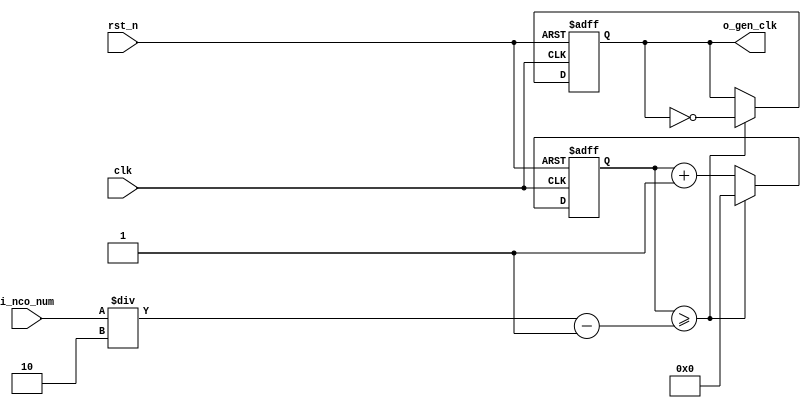
//	==================================================
//	Copyright (c) 2019 Sookmyung Women's University.
//	--------------------------------------------------
//	DEPARTMENT		: EE
//	--------------------------------------------------
//	RELEASE HISTORY
//	--------------------------------------------------
//	VERSION			DATE
//	0.0			2019-11-24
//	--------------------------------------------------
//	PURPOSE			: IR Controller
//	==================================================
//	--------------------------------------------------
//	Numerical Controlled Oscillator
//	Hz of o_gen_clk = Clock Hz / num
//	--------------------------------------------------
module	nco(	
		o_gen_clk,
		i_nco_num,
		clk,
		rst_n);

output		o_gen_clk	;	// 1Hz CLK

input	[31:0]	i_nco_num	;
input		clk		;	// 50Mhz CLK
input		rst_n		;

reg	[31:0]	cnt		;
reg		o_gen_clk	;

always @(posedge clk or negedge rst_n) begin
	if(rst_n == 1'b0) begin
		cnt		<= 32'd0;
		o_gen_clk	<= 1'd0	;
	end else begin
		if(cnt >= i_nco_num/2-1) begin
			cnt 	<= 32'd0;
			o_gen_clk	<= ~o_gen_clk;
		end else begin
			cnt <= cnt + 1'b1;
		end
	end
end

endmodule

//	--------------------------------------------------
//	Flexible Numerical Display Decoder
//	--------------------------------------------------
module	fnd_dec(
		o_seg,
		i_num);

output	[6:0]	o_seg		;	// {o_seg_a, o_seg_b, ... , o_seg_g}

input	[3:0]	i_num		;
reg	[6:0]	o_seg		;
//making
always @(i_num) begin 
 	case(i_num) 
 		4'd0:	o_seg = 7'b111_1110; 
 		4'd1:	o_seg = 7'b011_0000; 
 		4'd2:	o_seg = 7'b110_1101; 
 		4'd3:	o_seg = 7'b111_1001; 
 		4'd4:	o_seg = 7'b011_0011; 
 		4'd5:	o_seg = 7'b101_1011; 
 		4'd6:	o_seg = 7'b101_1111; 
 		4'd7:	o_seg = 7'b111_0000; 
 		4'd8:	o_seg = 7'b111_1111; 
 		4'd9:	o_seg = 7'b111_0011; 
 		4'd10:	o_seg = 7'b111_0111; 
 		4'd11:	o_seg = 7'b001_1111; 
 		4'd12:	o_seg = 7'b100_1110; 
 		4'd13:	o_seg = 7'b011_1101; 
 		4'd14:	o_seg = 7'b100_1111; 
 		4'd15:	o_seg = 7'b100_0111; 
		default:o_seg = 7'b000_0000; 
	endcase 
end


endmodule

//	--------------------------------------------------
//	0~59 --> 2 Separated Segments
//	--------------------------------------------------
module	double_fig_sep(
		o_left,
		o_right,
		i_double_fig);

output	[3:0]	o_left		;
output	[3:0]	o_right		;

input	[5:0]	i_double_fig	;

assign		o_left	= i_double_fig / 10	;
assign		o_right	= i_double_fig % 10	;

endmodule

//	--------------------------------------------------
//	0~59 --> 2 Separated Segments
//	--------------------------------------------------
module	led_disp(
		o_seg,
		o_seg_dp,
		o_seg_enb,
		i_six_digit_seg,
		i_six_dp,
		clk,
		rst_n);

output	[5:0]	o_seg_enb		;
output		o_seg_dp		;
output	[6:0]	o_seg			;

input	[41:0]	i_six_digit_seg		;
input	[5:0]	i_six_dp		;
input		clk			;
input		rst_n			;

wire		gen_clk		;

nco		u_nco(
		.o_gen_clk	( gen_clk	),
		.i_nco_num	( 32'd5000	),
		.clk		( clk		),
		.rst_n		( rst_n		));


reg	[3:0]	cnt_common_node	;

always @(posedge gen_clk or negedge rst_n) begin
	if(rst_n == 1'b0) begin
		cnt_common_node <= 4'd0;
	end else begin
		if(cnt_common_node >= 4'd5) begin
			cnt_common_node <= 4'd0;
		end else begin
			cnt_common_node <= cnt_common_node + 1'b1;
		end
	end
end

reg	[5:0]	o_seg_enb		;

always @(cnt_common_node) begin
	case (cnt_common_node)
		4'd0:	o_seg_enb = 6'b111110;
		4'd1:	o_seg_enb = 6'b111101;
		4'd2:	o_seg_enb = 6'b111011;
		4'd3:	o_seg_enb = 6'b110111;
		4'd4:	o_seg_enb = 6'b101111;
		4'd5:	o_seg_enb = 6'b011111;
		default:o_seg_enb = 6'b111111;
	endcase
end

reg		o_seg_dp		;

always @(cnt_common_node) begin
	case (cnt_common_node)
		4'd0:	o_seg_dp = i_six_dp[0];
		4'd1:	o_seg_dp = i_six_dp[1];
		4'd2:	o_seg_dp = i_six_dp[2];
		4'd3:	o_seg_dp = i_six_dp[3];
		4'd4:	o_seg_dp = i_six_dp[4];
		4'd5:	o_seg_dp = i_six_dp[5];
		default:o_seg_dp = 1'b0;
	endcase
end

reg	[6:0]	o_seg			;

always @(cnt_common_node) begin
	case (cnt_common_node)
		4'd0:	o_seg = i_six_digit_seg[6:0];
		4'd1:	o_seg = i_six_digit_seg[13:7];
		4'd2:	o_seg = i_six_digit_seg[20:14];
		4'd3:	o_seg = i_six_digit_seg[27:21];
		4'd4:	o_seg = i_six_digit_seg[34:28];
		4'd5:	o_seg = i_six_digit_seg[41:35];
		default:o_seg = 7'b111_1110; // 0 display
	endcase
end

endmodule

//	--------------------------------------------------
//	IR Rx Module: Note : Inverted IR Rx Signal
//	--------------------------------------------------
module	ir_rx(	
		o_data,
		i_ir_rxb,
		clk,
		rst_n);

output	[31:0]	o_data		;

input		i_ir_rxb	;
input		clk		;
input		rst_n		;

parameter	IDLE		= 2'b00	;
parameter	LEADCODE	= 2'b01	;	// 9ms high 4.5ms low
parameter	DATACODE	= 2'b10	;	// Custom & Data Code
parameter	COMPLETE	= 2'b11	;	// 32-bit data

//		1M Clock = 1 us Reference Time
wire		clk_1M				;
nco		u_nco(
		.o_gen_clk	( clk_1M	),
		.i_nco_num	( 32'd50	),
		.clk		( clk		),
		.rst_n		( rst_n		));

//		Sequential Rx Bits

wire		ir_rx		;
assign		ir_rx = ~i_ir_rxb;

reg	[1:0]	seq_rx				;
always @(posedge clk_1M or negedge rst_n) begin
	if(rst_n == 1'b0) begin
		seq_rx <= 2'b00;
	end else begin
		seq_rx <= {seq_rx[0], ir_rx};
	end
end

//		Count Signal Polarity (High & Low)
reg	[15:0]	cnt_h		;
reg	[15:0]	cnt_l		;
always @(posedge clk_1M or negedge rst_n) begin
	if(rst_n == 1'b0) begin
		cnt_h <= 16'd0;
		cnt_l <= 16'd0;
	end else begin
		case(seq_rx)
			2'b00	: cnt_l <= cnt_l + 1;
			2'b01	: begin
				cnt_l <= 16'd0;
				cnt_h <= 16'd0;
			end
			2'b11	: cnt_h <= cnt_h + 1;
		endcase
	end
end

//		State Machine
reg	[1:0]	state		;
reg	[5:0]	cnt32		;
always @(posedge clk_1M or negedge rst_n) begin
	if(rst_n == 1'b0) begin
		state <= IDLE;
		cnt32 <= 6'd0;
	end else begin
		case (state)
			IDLE: begin
				state <= LEADCODE;
				cnt32 <= 6'd0;
			end
			LEADCODE: begin
				if (cnt_h >= 8500 && cnt_l >= 4000) begin
					state <= DATACODE;
				end else begin
					state <= LEADCODE;
				end
			end
			DATACODE: begin
				if (seq_rx == 2'b01) begin
					cnt32 <= cnt32 + 1;
				end else begin
					cnt32 <= cnt32;
				end
				if (cnt32 >= 6'd32 && cnt_l >= 1000) begin
					state <= COMPLETE;
				end else begin
					state <= DATACODE;
				end
			end
			COMPLETE: state <= IDLE;
		endcase
	end
end

//		32bit Custom & Data Code
reg	[31:0]	data		;
reg	[31:0]	o_data		;
always @(posedge clk_1M or negedge rst_n) begin
	if(rst_n == 1'b0) begin
		data <= 32'd0;
	end else begin
		case (state)
			DATACODE: begin
				if (cnt_l >= 1000) begin
					data[32-cnt32] <= 1'b1;
				end else begin
					data[32-cnt32] <= 1'b0;
				end
			end
			COMPLETE: o_data <= data;
		endcase
	end
end


endmodule

//	--------------------------------------------------
//	Top Module
//	--------------------------------------------------
module	top(
		o_seg_enb,
		o_seg_dp,
		o_seg,
		i_ir_rxb,
		clk,
		rst_n);

output	[5:0]	o_seg_enb	;
output			o_seg_dp	;
output	[6:0]	o_seg		;

input			i_ir_rxb	;
input			clk			;
input			rst_n		;

wire	[31:0]	o_data		;
ir_rx		u_ir(	
				.o_data		(o_data		),
				.i_ir_rxb	(i_ir_rxb	),
				.clk		(clk		),
				.rst_n		(rst_n		));

wire	[6:0]	o_seg0		;
wire	[3:0]	num0		;
fnd_dec		u_fnd_dec_0(
				.o_seg		(o_seg0		),
				.i_num		(num0));

wire	[6:0]	o_seg1		;
wire	[3:0]	num1		;
fnd_dec		u_fnd_dec_1(
				.o_seg		(o_seg1		),
				.i_num		(num1 ));

wire	[6:0]	o_seg2		;
wire	[3:0]	num2		;
fnd_dec		u_fnd_dec_2(
				.o_seg		(o_seg2		),
				.i_num		(num2 ));

wire	[6:0]		o_seg3		;
wire	[3:0]	num3		;
fnd_dec		u_fnd_dec_3(
				.o_seg		(o_seg3		),
				.i_num		(num3 ));

wire	[6:0]		o_seg4		;
wire	[3:0]	num4		;
fnd_dec		u_fnd_dec_4(
				.o_seg		(o_seg4		),
				.i_num		(num4));

wire	[6:0]		o_seg5		;
wire	[3:0]	num5		;
fnd_dec		u_fnd_dec_5(
				.o_seg		(o_seg5		),
				.i_num		(num5));
assign	{num0,num1, num2, num3, num4, num5} = o_data	;

wire [41:0] i_six_digit_seg	;
assign i_six_digit_seg = { o_seg0, o_seg1, o_seg2, o_seg3, o_seg4, o_seg5};
led_disp	u_led(
				.o_seg				(o_seg				),
				.o_seg_dp			(o_seg_dp			),
				.o_seg_enb			(o_seg_enb			),
				.i_six_digit_seg	(i_six_digit_seg	),
				.i_six_dp			(6'h0				),	
				.clk				(clk				),
				.rst_n				(rst_n				));

endmodule